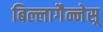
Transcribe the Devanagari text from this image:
बिल्लागैन्नेस्र्